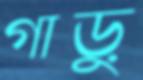
গাড়ু